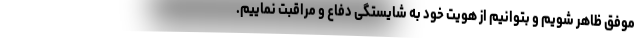
موفق ظاهر شویم و بتوانیم از هویت خود به شایستگی دفاع و مراقبت نماییم.